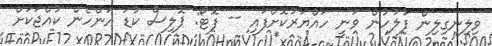
ވިލިނގިލިން ފުލުހުން ވަނީ ހައްޔަރުކޮށްފައި -- ފޮޓޯ: ޕޮލިސް ކުޑަ އަންހެން ކުއްޖަކަށް